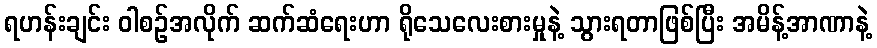
ရဟန်းချင်း ဝါစဉ်အလိုက် ဆက်ဆံရေးဟာ ရိုသေလေးစားမှုနဲ့ သွားရတာဖြစ်ပြီး အမိန့်အာဏာနဲ့